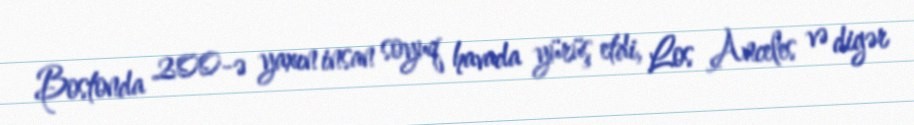
Bostonda 200-ə yaxın insan soyuq havada yürüş etdi, Los Anceles və digər